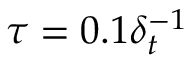
\tau = 0 . 1 \delta _ { t } ^ { - 1 }